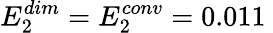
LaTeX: E_{2}^{dim}=E_{2}^{conv}=0.011\